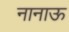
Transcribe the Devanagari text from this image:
नानाऊ